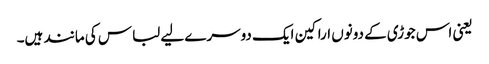
یعنی اس جوڑی کے دونوں اراکین ایک دوسرے لیے لباس کی مانند ہیں۔